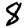
Digit: 8